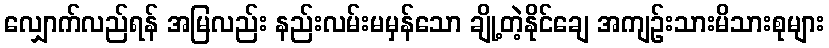
လျှောက်လည်ရန် အမြလည်း နည်းလမ်းမမှန်သော ချို့တဲ့နိုင်ချေ အကျဉ်းသားမိသားစုများ